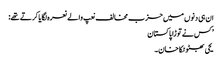
ان ہی دنوں میں حزب مخالف نعپ والے نعرہ لگایا کرتے تھے:
’ کس نے توڑا پاکستان
یحی بھٹو ٹکا خان۔